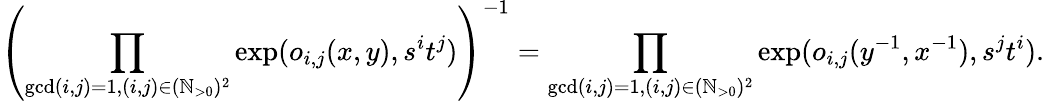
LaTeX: \left(\prod_{\operatorname*{gcd}(i,j)=1,(i,j)\in(\mathbb{N}_{>0})^{2}}\exp(o_{i,j}(x,y),s^{i}t^{j})\right)^{-1}=\prod_{\operatorname*{gcd}(i,j)=1,(i,j)\in(\mathbb{N}_{>0})^{2}}\exp(o_{i,j}(y^{-1},x^{-1}),s^{j}t^{i}).